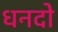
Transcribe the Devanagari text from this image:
धनदो